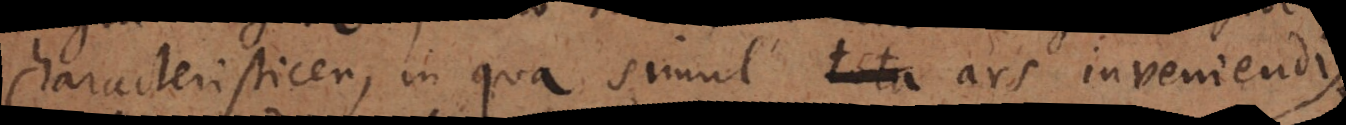
Characteristicen, in qua simul tota ars inveniendi